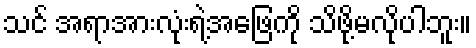
သင် အရာအားလုံးရဲ့အဖြေကို သိဖို့မလိုပါဘူး။